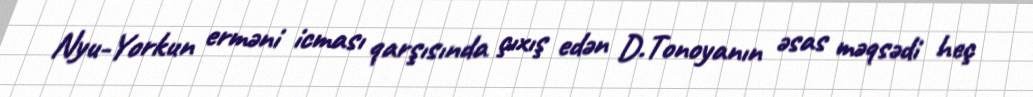
Nyu-Yorkun erməni icması qarşısında çıxış edən D.Tonoyanın əsas məqsədi heç